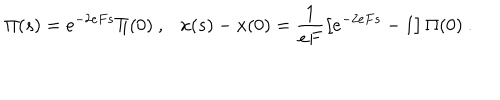
LaTeX: \Pi ( s ) = e ^ { - 2 e F s } \Pi ( 0 ) \ , x ( s ) - x ( 0 ) = \frac { 1 } { e F } \left[ e ^ { - 2 e F s } - 1 \right] \Pi ( 0 ) \ .